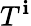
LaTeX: T^{\mathbf{i}}